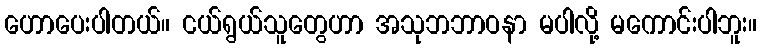
ဟောပေးပါတယ်။ ငယ်ရွယ်သူတွေဟာ အသုဘဘာဝနာ မပါလို့ မကောင်းပါဘူး။